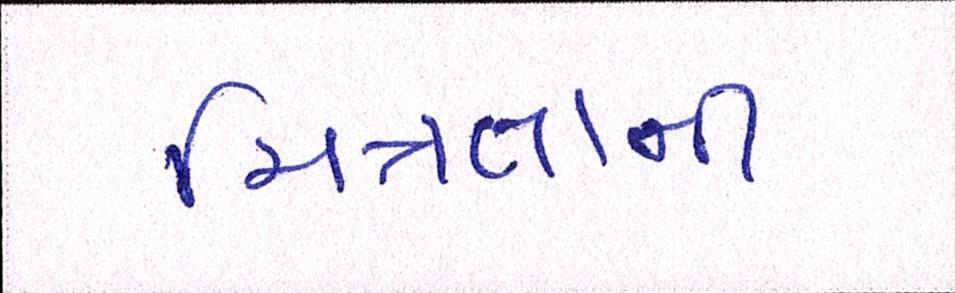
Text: મિત્રતાની